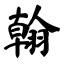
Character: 翰